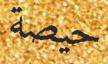
حيصة